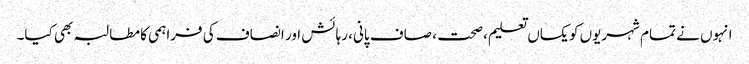
انہوں نے تمام شہریوں کو یکساں تعلیم، صحت ، صاف پانی، رہائش اور انصاف کی فراہمی کا مطالبہ بھی کیا۔